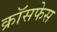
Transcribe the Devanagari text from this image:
क्रॉसफेस